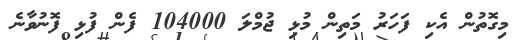
މިގޮތުން އެކި ފަހަރު މަތިން މުޅި ޖުމްލަ 104000 ފެން ފުޅި ފޮނުވާނެ